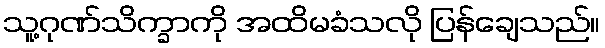
သူ့ဂုဏ်သိက္ခာကို အထိမခံသလို ပြန်ချေသည်။